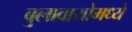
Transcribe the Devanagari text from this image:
बुलावायोमध्ये